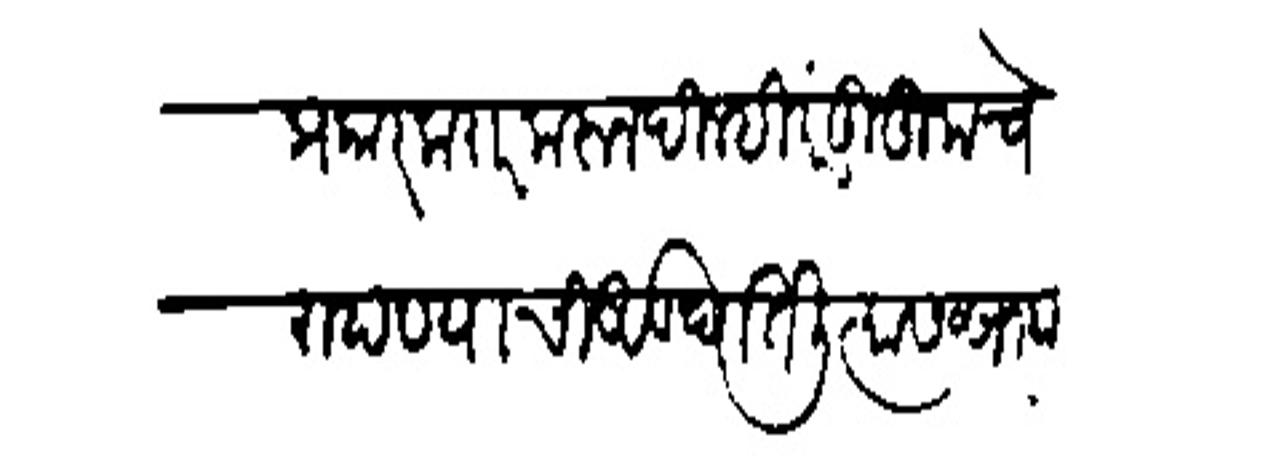
Transliteration (Devanagari): प्रकार करार करून दिल्ही परंतु तुमचे राहण्याची अड धातली त्यास सरकार